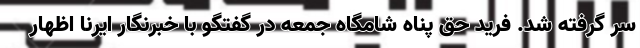
سر گرفته شد. فرید حق پناه شامگاه جمعه در گفتگو با خبرنگار ایرنا اظهار